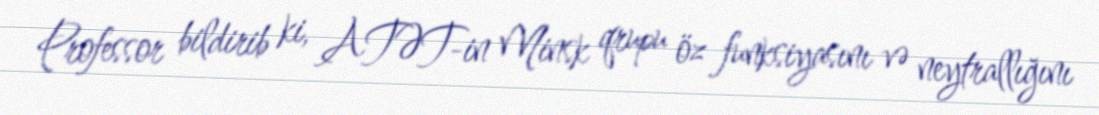
Professor bildirib ki, ATƏT-in Minsk qrupu öz funksiyasını və neytrallığını